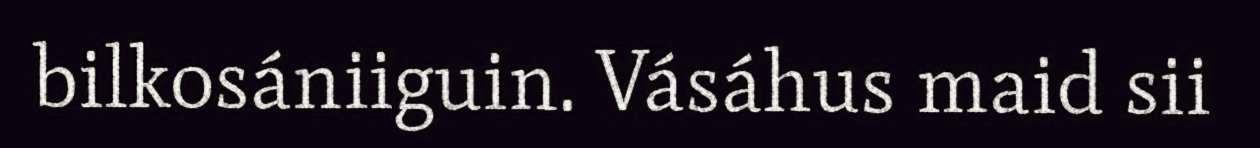
bilkosániiguin. Vásáhus maid sii